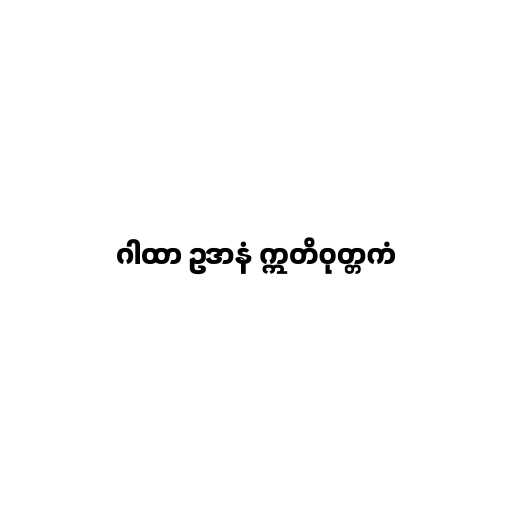
ဂါထာ ဥဒာနံ ဣတိဝုတ္တကံ